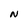
Character: N